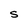
Character: S